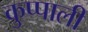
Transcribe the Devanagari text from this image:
कुप्पाली